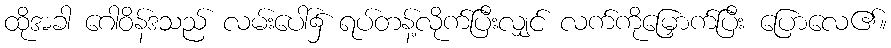
ထိုအခါ ဂေါဝိန်ဒသည် လမ်းပေါ်၌ ရပ်တန့်လိုက်ပြီးလျှင် လက်ကိုမြှောက်ပြီး ပြောလေ၏။